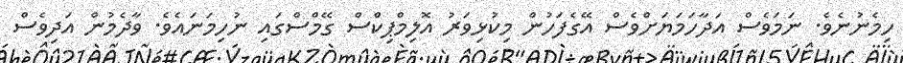
ހިމެނުނެވެ. ނަމަވެސް އަދާހަމަޔަށްވެސް އޭގެފަހުން މިކުޅިވަރު އޮލިމްޕިކްސް ގޭމްސްގައި ނުހިމަނައެވެ. ވާދެމުން އަދިވެސް